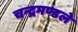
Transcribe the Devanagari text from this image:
चन्द्रमण्डले